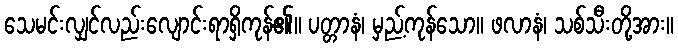
သေမင်းလျှင်လည်းလျောင်းရာရှိကုန်၏။ ပတ္တာနံ၊ မှည့်ကုန်သော။ ဖလာနံ၊ သစ်သီးတို့အား။